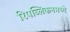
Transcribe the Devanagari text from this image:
रिपब्लिकनमध्ये